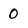
Character: O